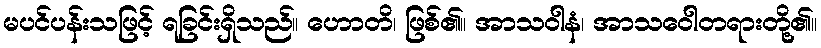
မပင်ပန်းသဖြင့် ရခြင်းရှိသည်။ ဟောတိ၊ ဖြစ်၏။ အာသဝါနံ၊ အာသဝေါတရားတို့၏။